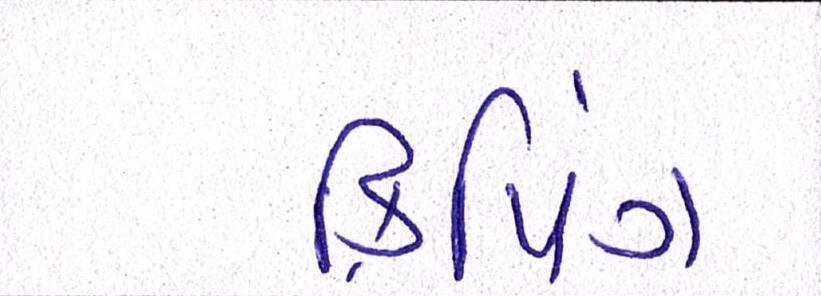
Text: ક્રિપિંગ